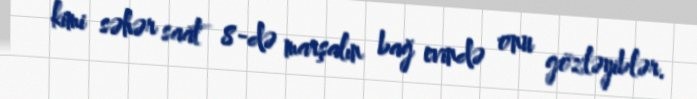
kimi səhər saat 8-də marşalın bağ evində onu gözləyiblər.